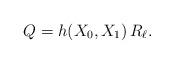
LaTeX: \begin{align*} Q = h(X_0,X_1) \, R _{ \ell}.\end{align*}